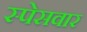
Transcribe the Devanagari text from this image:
स्पेसवार